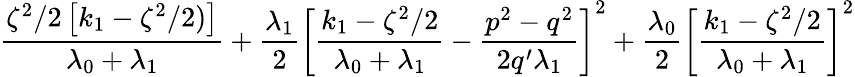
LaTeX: \frac{\zeta^{2}/2\left[k_{1}-\zeta^{2}/2)\right]}{\lambda_{0}+\lambda_{1}}+\frac{\lambda_{1}}{2}\left[\frac{k_{1}-\zeta^{2}/2}{\lambda_{0}+\lambda_{1}}-\frac{p^{2}-q^{2}}{2q^{\prime}\lambda_{1}}\right]^{2}+\frac{\lambda_{0}}{2}\left[\frac{k_{1}-\zeta^{2}/2}{\lambda_{0}+\lambda_{1}}\right]^{2}